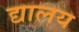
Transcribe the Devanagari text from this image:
द्यालय